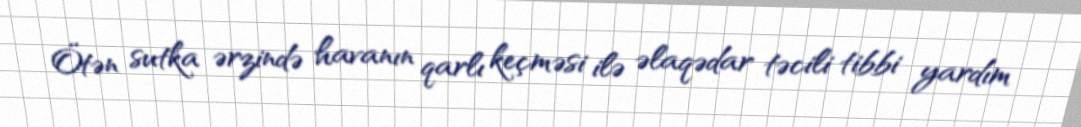
Ötən sutka ərzində havanın qarlı keçməsi ilə əlaqədar təcili tibbi yardım